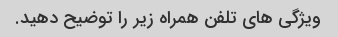
ویژگی های تلفن همراه زیر را توضیح دهید.